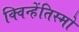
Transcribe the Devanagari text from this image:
क्विन्हेंतिस्मो